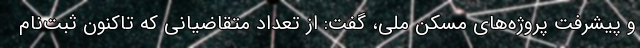
و پیشرفت پروژه‌های مسکن ملی، گفت: از تعداد متقاضیانی که تاکنون ثبت‌نام